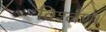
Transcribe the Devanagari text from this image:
विश्लेण।